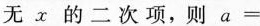
无x的二次项，则a =